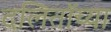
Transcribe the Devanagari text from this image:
दलिताॅच्या